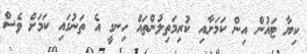
ކިޔާ ޓައުން އިން ކަމަށާއި ކުރިމަތިލުންތައް ހިނގީ އެ ތަނުގައި ކަމަށް ވެސް